Sketch of the medical history of the native army of Bombay, for the year
Year: 1872
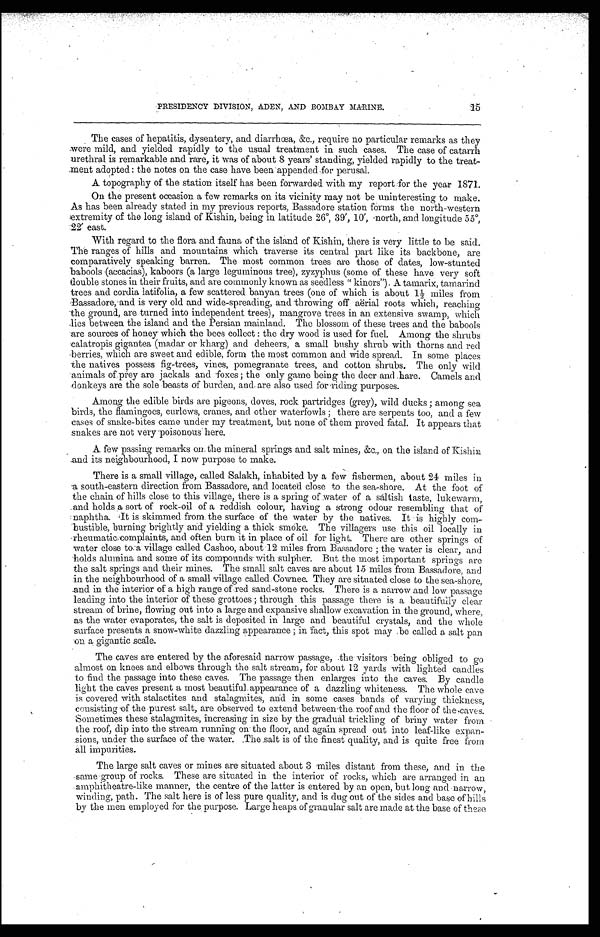
PRESIDENCY DIVISION, ADEN, AND BOMBAY MARINE.
15
The cases of hepatitis, dysentery, and diarrhœa, &c., require no particular remarks as they
were mild, and yielded rapidly to the usual treatment in such cases. The case of catarrh
urethral is remarkable and rare, it was of about 8 years' standing, yielded rapidly to the treat-
-ment adopted : the notes on the case have been appended for perusal.
A topography of the station itself has been for warded with my report for the year 1871.
On the present occasion a few remarks on its vicinity may not be uninteresting to make.
As has been already stated in my previous reports, Bassadore station forms the north-western
extremity of the long island of Kishin, being in latitude 26°, 39', 10', north, and longitude 55°,
:22' east.
With regard to the flora and fauna of the island of Kishin, there is very little to be said.
The ranges of hills and mountains which traverse its central part like its backbone, are
comparatively speaking barren. The most common trees are those of dates, low-stunted
babools (accacias), kaboors (a large leguminous tree), zyzyphus (some of these have very soft
double stones in their fruits, and are commonly known as seedless " kinors"). A tamarix, tamarind
trees and cordia latifolia, a few scattered banyan trees (one of which is about 1½ miles from
Bassadore and is very old and wide-spreading, and throwing off aerial roots which, reaching
the ground, are turned into independent trees), mangrove trees in an extensive swamp, which
lies between the island and the Persian mainland. The blossom of these trees and the babools
are sources of honey which the bees collect : the dry wood is used for fuel. Among the shrubs
calatropis gigantea (madar or kharg) and deheers, a small bushy shrub with thorns and red
berries, which are sweet and edible, form the most common and wide spread. In some places
the natives possess fig-trees, vines, pomegranate trees, and cotton shrubs. The only wild
animals of prey are jackals and foxes ; the only game being the deer and hare. Camels and
donkeys are the sole beasts of burden, and are also used for riding purposes.
Among the edible birds are pigeons, doves, rock partridges (grey), wild ducks ; among sea
birds, the flamingoes, curlews, cranes, and other waterfowls ; there are serpents too, and a few
cases of snake-bites carne under my treatment, but none of them proved fatal. It appears that
snakes are not very poisonous here.
A few passing remarks on the mineral springs and salt mines, &c., on the island of Kishin
and its neighbourhood, I now purpose to make.
There is a small village, called Salakh, inhabited by a few fishermen, about 24 miles in
a south-eastern direction from Bassadore, and located close to the sea-shore. At the foot of
the chain of hills close to this village, there is a spring of water of a saltish taste, lukewarm,
and holds a sort of rock-oil of a reddish colour; having a strong odour resembling that of
naphtha. It is skimmed from the surface of the water by the natives. It is highly com--
bustible, burning brightly and yielding a thick smoke. The villagers use this oil locally in
rheumatic complaints, and often burn it in place of oil for light. There are other springs of
water close to a village called Cashoo, about 12 miles from Bassadore ; the water is clear, and
holds alumina and some of its compounds with sulpher. But the most important springs are
the salt springs and their mines. The small salt caves are about 15 miles from Bassadore, and
the neighbourhood of a small village called Cownee. They are situated close to the sea-shore,
and in the interior of a high range of red sand-stone rocks. There is a narrow and low passage
leading into the interior of these grottoes ; through this passage there is a beautifully clear
stream of brine, flowing out into a large and expansive shallow excavation in the ground, where,
as the water evaporates, the salt is deposited in large and beautiful crystals, and the whole
surface presents a snow-white dazzling appearance ; in fact, this spot may be called a salt pan
on a gigantic scale.
The caves are entered by the aforesaid narrow passage, the visitors being obliged to go
almost on knees and elbows through the salt stream, for about 12 yards with lighted candles
to find the passage into these caves. The passage then enlarges into the caves. By candle
light the caves present a most beautiful appearance of a dazzling whiteness. The whole cave
is covered with stalactites and stalagmites, and in some cases bands of varying thickness,
consisting of the purest salt, are observed to extend between the roof and the floor of the caves.
Sometimes these stalagmites, increasing in size by the gradual trickling of briny water from
the roof, dip into the stream running on the floor, and a gain spread out into leaf-like expan
- s i o n s , u n d e r t h e s u r f a c e o f t h e w a t e r . T h e s a l t i s o f t h e f i n e s t q u a l i t y , a n d i s q u i t e f r e e f r o m
all impurities.
The large salt caves or mines are situated about 3 miles distant front these, and in the
same group of rocks. These are situated in the interior of rocks, which are arraned in an
amphitheatre-like manner, the centre of the latter is entered by an open, but long and narrow,
winding, path. The salt here is of less pure quality, and is dug out of the sides and base of hills
by the men employed for the, purpose. Large heaps. of granular salt are made at the base of these